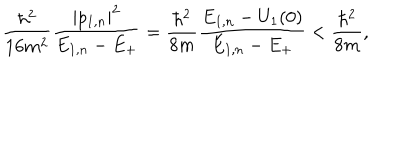
LaTeX: { \frac { \hbar ^ { 2 } } { 1 6 m ^ { 2 } } } { \frac { | p _ { 1 , n } | ^ { 2 } } { E _ { 1 , n } - E _ { + } } } = { \frac { \hbar ^ { 2 } } { 8 m } } { \frac { E _ { 1 , n } - U _ { 1 } ( 0 ) } { E _ { 1 , n } - E _ { + } } } < { \frac { \hbar ^ { 2 } } { 8 m } } ,